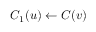
C _ { 1 } ( u ) \leftarrow C ( v )